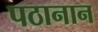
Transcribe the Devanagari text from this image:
पठानान